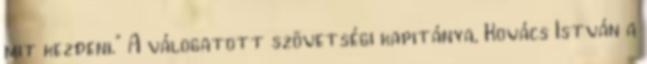
mit kezdeni.” A válogatott szövetségi kapitánya, Kovács István a